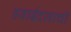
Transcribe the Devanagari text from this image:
हवाईदलाची